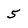
Character: 5